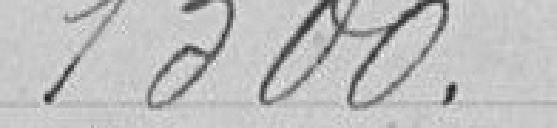
1300 francs